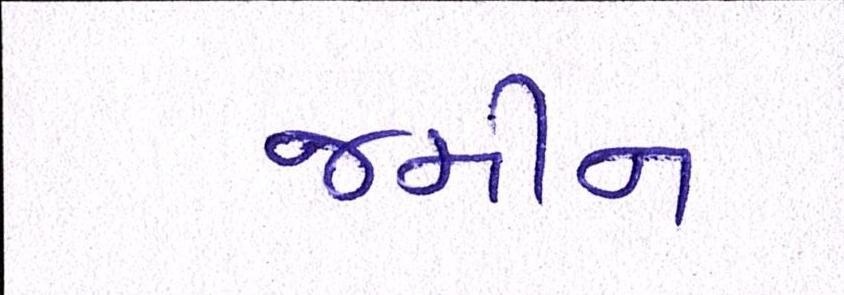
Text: જમીન